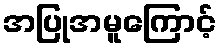
အပြုအမူကြောင့်